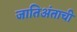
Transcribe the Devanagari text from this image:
जातिअंताची